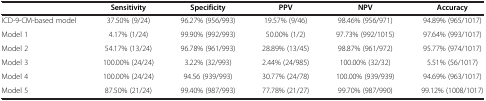
<table><thead><tr><td><b> </b></td><td><b>Sensitivity</b></td><td><b>Specificity</b></td><td><b>PPV</b></td><td><b>NPV</b></td><td><b>Accuracy</b></td></tr></thead><tbody><tr><td>ICD-9-CM-based model</td><td>37.50% (9/24)</td><td>96.27% (956/993)</td><td>19.57% (9/46)</td><td>98.46% (956/971)</td><td>94.89% (965/1017)</td></tr><tr><td>Model 1</td><td>4.17% (1/24)</td><td>99.90% (992/993)</td><td>50.00% (1/2)</td><td>97.73% (992/1015)</td><td>97.64% (993/1017)</td></tr><tr><td>Model 2</td><td>54.17% (13/24)</td><td>96.78% (961/993)</td><td>28.89% (13/45)</td><td>98.87% (961/972)</td><td>95.77% (974/1017)</td></tr><tr><td>Model 3</td><td>100.00% (24/24)</td><td>3.22% (32/993)</td><td>2.44% (24/985)</td><td>100.00% (32/32)</td><td>5.51% (56/1017)</td></tr><tr><td>Model 4</td><td>100.00% (24/24)</td><td>94.56 (939/993)</td><td>30.77% (24/78)</td><td>100.00% (939/939)</td><td>94.69% (963/1017)</td></tr><tr><td>Model 5</td><td>87.50% (21/24)</td><td>99.40% (987/993)</td><td>77.78% (21/27)</td><td>99.70% (987/990)</td><td>99.12% (1008/1017)</td></tr></tbody></table>